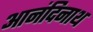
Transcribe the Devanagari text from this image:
आनंदिनाथ